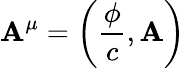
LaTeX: \mathbf{A}^{\mu}=\left({\frac{{\phi}}{{c}}},\mathbf{{\mathbf{A}}}\right)